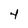
Character: 4